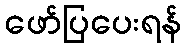
ဖော်ပြပေးရန်